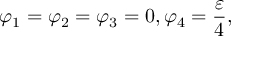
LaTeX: \varphi _ { 1 } = \varphi _ { 2 } = \varphi _ { 3 } = 0 , \varphi _ { 4 } = { \frac { \varepsilon } { 4 } } ,